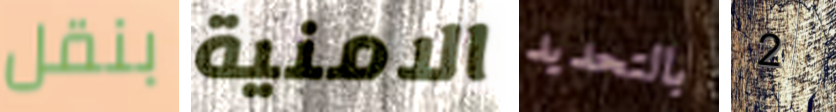
بنقل الامنية بالتحديد 2